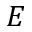
E